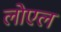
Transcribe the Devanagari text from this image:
लोएल